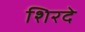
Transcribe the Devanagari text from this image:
शिरदे